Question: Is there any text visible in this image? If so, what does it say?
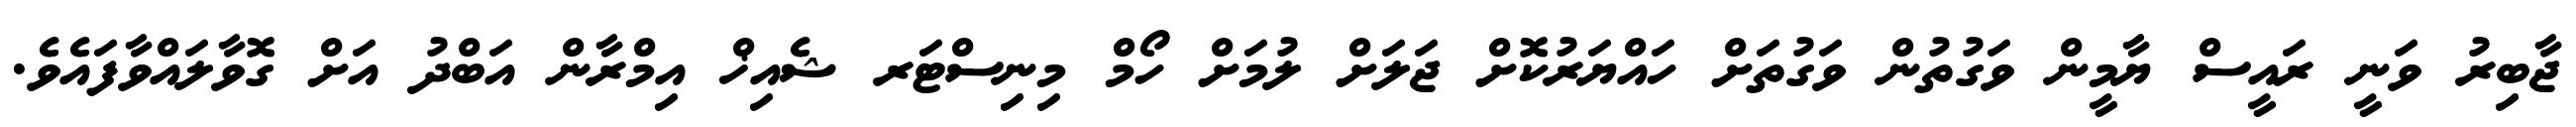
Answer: ޖާބިރު ވަނީ ރައީސް ޔާމީން ވަގުތުން ވަގުތަށް ހައްޔަރުކޮށް ޖަލަށް ލުމަށް ހޯމް މިނިސްޓަރ ޝެއިޚް އިމްރާން އަބްދު އަށް ގޮވާލައްވާފައެވެ.